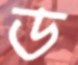
ড